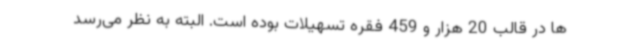
ها در قالب 20 هزار و 459 فقره تسهیلات بوده است. البته به نظر می‌رسد